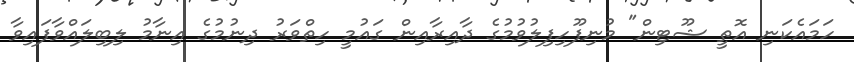
ހަމައެކަނި އޮތީ ޝޫޓިން" މުނިފޫހިފިލުވުމުގެ ދާއިރާއިން ގައުމީ ހިތްވަރު ދިނުމުގެ އިނާމު ލިބިލައްވާފައިވާ